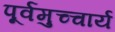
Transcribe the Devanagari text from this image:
पूर्वमुच्चार्य